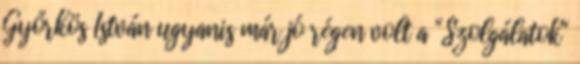
Győrkös István ugyanis már jó régen volt a "Szolgálatok"